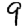
Digit: 9